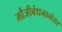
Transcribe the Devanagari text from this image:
मौंजीबंधनानंतर